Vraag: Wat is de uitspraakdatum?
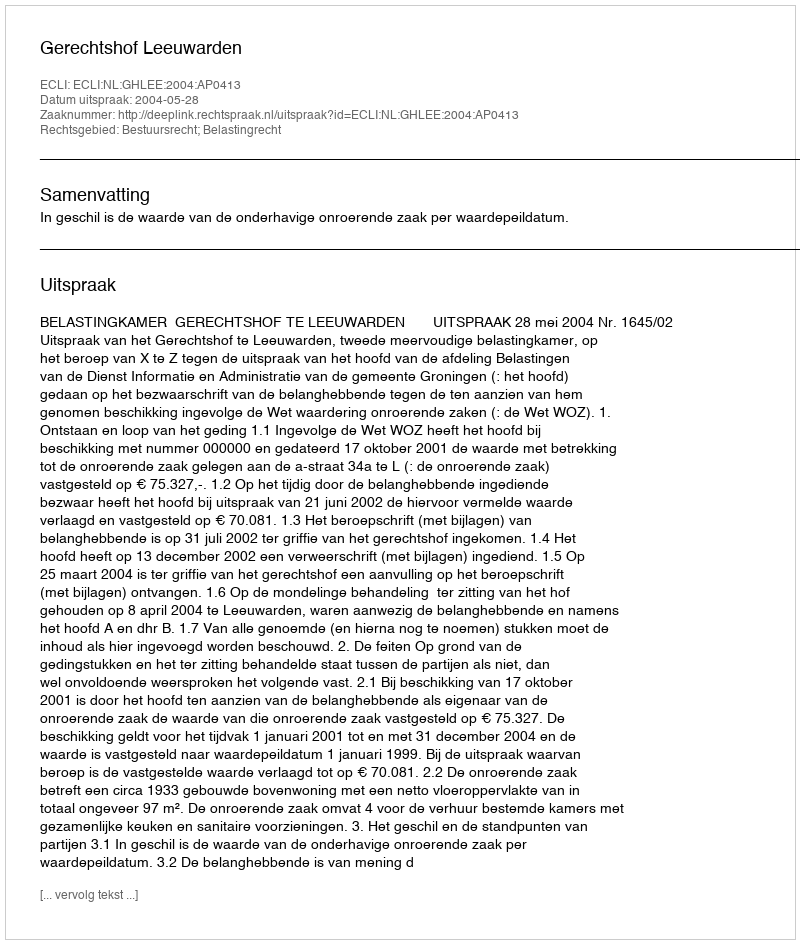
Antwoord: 2004-05-28